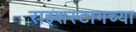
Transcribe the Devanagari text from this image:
राइशस्टागच्या